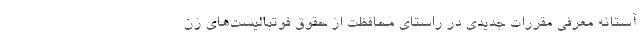
آستانه معرفی مقررات جدیدی در راستای محافظت از حقوق فوتبالیست‌های زن